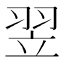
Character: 翌